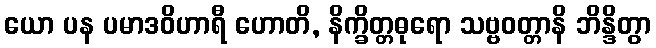
ယော ပန ပမာဒဝိဟာရီ ဟောတိ, နိက္ခိတ္တဓုရော သဗ္ဗဝတ္တာနိ ဘိန္ဒိတွာ